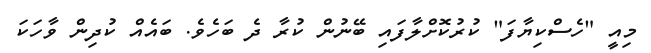
މިއީ "ހެސްކިޔާފަ" ކުރުކޮށްލާފައި ބޭނުން ކުރާ ދެ ބަހެވެ. ބައެއް ކުދިން ވާހަކަ